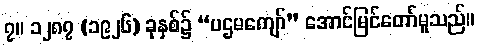
၇။ ၁၂၈၇ (၁၉၂၆) ခုနှစ်၌ “ပဌမကျော်” အောင်မြင်တော်မူသည်။